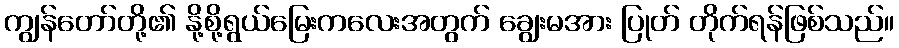
ကျွန်တော်တို့၏ နို့စို့ရွယ်မြေးကလေးအတွက် ချွေးမအား ပြုတ် တိုက်ရန်ဖြစ်သည်။